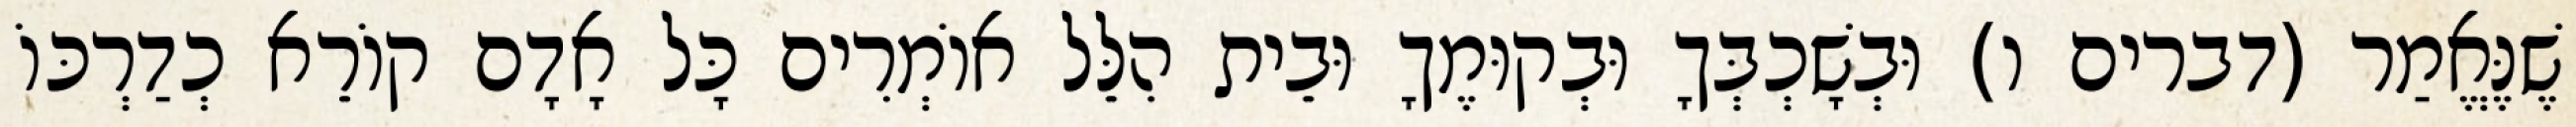
שֶׁנֶּאֱמַר (דברים ו) וּבְשָׁכְבְּךָ וּבְקוּמֶךָ וּבֵית הִלֵּל אוֹמְרִים כָּל אָדָם קוֹרֵא כְדַרְכּוֹ